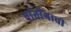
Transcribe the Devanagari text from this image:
षांतोंगाची